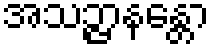
အသဉ္ဇာနန္တော